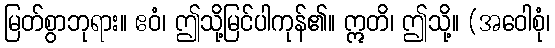
မြတ်စွာဘုရား။ ဧဝံ၊ ဤသို့မြင်ပါကုန်၏။ ဣတိ၊ ဤသို့။ (အဝေါစုံ၊